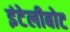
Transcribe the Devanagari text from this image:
इंटेलीबोट